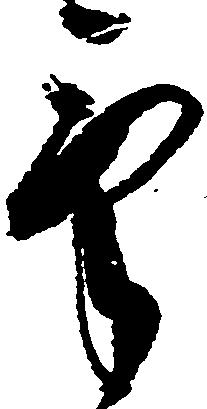
気